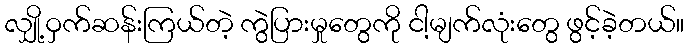
လျှို့ဝှက်ဆန်းကြယ်တဲ့ ကွဲပြားမှုတွေကို ငါ့မျက်လုံးတွေ ဖွင့်ခဲ့တယ်။